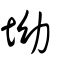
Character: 坳